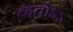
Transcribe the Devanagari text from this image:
व्हतोऽऽ